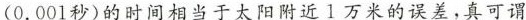
（0.001秒）的时间相当于太阳附近1万米的误差，真可谓